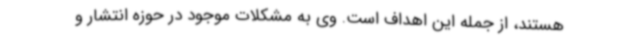
هستند، از جمله این اهداف است. وی به مشکلات موجود در حوزه انتشار و